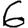
Digit: 6